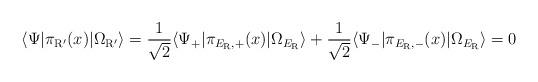
LaTeX: \begin{align*}\langle \Psi | \pi_{\rm R'}(x) |\Omega_{\rm R'} \rangle = \frac{1}{\sqrt{2}}\langle \Psi_+ | \pi_{E_{\rm R},+}(x) |\Omega_{E_{\rm R}} \rangle + \frac{1}{\sqrt{2}}\langle \Psi_- | \pi_{E_{\rm R},-}(x) |\Omega_{E_{\rm R}} \rangle = 0\end{align*}